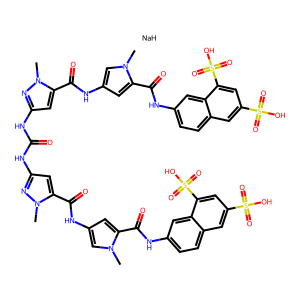
SMILES: Cn1cc(NC(=O)c2cc(NC(=O)Nc3cc(C(=O)Nc4cc(C(=O)Nc5ccc6cc(S(=O)(=O)O)cc(S(=O)(=O)O)c6c5)n(C)c4)n(C)n3)nn2C)cc1C(=O)Nc1ccc2cc(S(=O)(=O)O)cc(S(=O)(=O)O)c2c1.[NaH]
Inhibits HIV replication: Yes